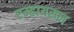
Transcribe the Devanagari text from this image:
एम्हायसन